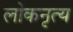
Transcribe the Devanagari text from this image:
लोकनृत्‍य